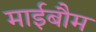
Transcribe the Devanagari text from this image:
माईबौम